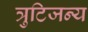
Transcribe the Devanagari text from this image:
त्रुटिजन्य